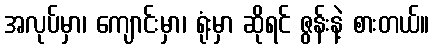
အလုပ်မှာ၊ ကျောင်းမှာ၊ ရုံးမှာ ဆိုရင် ဇွန်းနဲ့ စားတယ်။